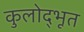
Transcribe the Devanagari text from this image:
कुलोद्‌भूत